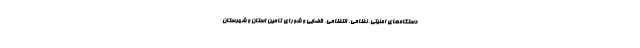
دستگاه‌های امنیتی، نظامی، انتظامی، قضایی و شورای تامین استان و شهرستان